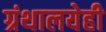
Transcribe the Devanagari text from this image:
ग्रंथालयेही